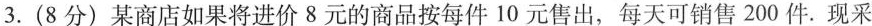
3.(8分)某商店如果将进价8元的商品按每件10元售出，每天可销售200件。现采